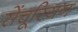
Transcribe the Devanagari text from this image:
सेंचूरियन